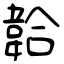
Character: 韐